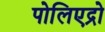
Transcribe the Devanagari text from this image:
पोलिएद्रो